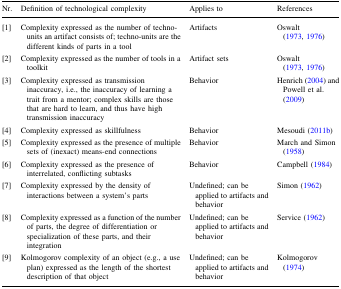
| Nr. | Definition of technological complexity | Applies to | References |
 | --- | --- | --- | --- |
 | [1] | Complexity expressed as the number of techno-units an artifact consists of; techno-units are the different kinds of parts in a tool | Artifacts | Oswalt (1973, 1976) |
 | [2] | Complexity expressed as the number of tools in a toolkit | Artifact sets | Oswalt (1973, 1976) |
 | [3] | Complexity expressed as transmission inaccuracy, i.e., the inaccuracy of learning a trait from a mentor; complex skills are those that are hard to learn, and thus have high transmission inaccuracy | Behavior | Henrich (2004) and Powell et al. (2009) |
 | [4] | Complexity expressed as skillfulness | Behavior | Mesoudi (2011b) |
 | [5] | Complexity expressed as the presence of multiple sets of (inexact) means-end connections | Behavior | March and Simon (1958) |
 | [6] | Complexity expressed as the presence of interrelated, conflicting subtasks | Behavior | Campbell (1984) |
 | [7] | Complexity expressed by the density of interactions between a system’s parts | Undefined; can be applied to artifacts and behavior | Simon (1962) |
 | [8] | Complexity expressed as a function of the number of parts, the degree of differentiation or specialization of these parts, and their integration | Undefined; can be applied to artifacts and behavior | Service (1962) |
 | [9] | Kolmogorov complexity of an object (e.g., a use plan) expressed as the length of the shortest description of that object | Undefined; can be applied to artifacts and behavior | Kolmogorov (1974) |